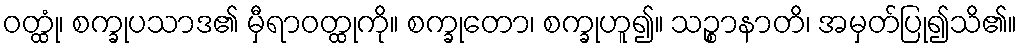
ဝတ္ထုံ၊ စက္ခုပသာဒ၏ မှီရာဝတ္ထုကို။ စက္ခုတော၊ စက္ခုဟူ၍။ သဉ္စာနာတိ၊ အမှတ်ပြု၍သိ၏။